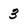
Character: 3